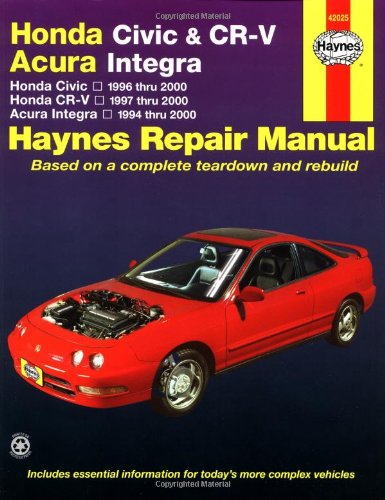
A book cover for Honda Civic 1996-2000, Honda CR-V 1997-2000 & Acura Integra 1994-2000 (Haynes Automotive Repair Manual); Larry Warren; Engineering & Transportation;